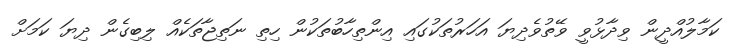
ކަމާލުއްދީން ވިދާޅުވީ ވޭތުވެދިޔަ އަހަރުތަކުގައި އިންތިހާބުތަކުން ހިތި ނަތިޖާތަކެއް ލިބިގެން ދިޔަ ކަމަށް